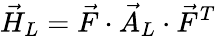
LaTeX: \vec{H}_{L}=\vec{F}\cdot\vec{A}_{L}\cdot\vec{F}^{T}